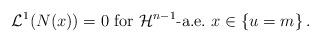
LaTeX: \begin{align*}\mathcal{L}^1(N(x)) = 0 \hbox{ for }\mathcal{H}^{n-1}\hbox{-a.e.}\ x \in \{ u = m \}\,.\end{align*}